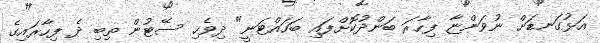
އަޅުގަނޑަށް ނުވަންޏާ ފިހާރަ ބަންދުކޮށްފައި ބަހައްޓަނީ" ދިވެހި ސޭޓުން ތިބި ދެ ފިހާރައިގެ